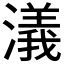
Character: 𣿭